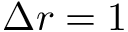
\Delta r = 1